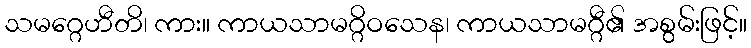
သမဂ္ဂေဟီတိ၊ ကား။ ကာယသာမဂ္ဂိဝသေန၊ ကာယသာမဂ္ဂီ၏ အစွမ်းဖြင့်။